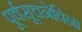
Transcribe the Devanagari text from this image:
पूर्वसूचनेविना